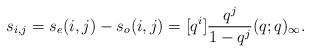
LaTeX: \begin{align*} s_{i,j} & = s_e(i, j) - s_o(i, j) = [q^i] \frac{q^j}{1-q^j} (q; q)_{\infty}. \end{align*}